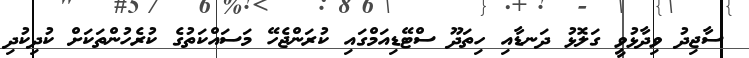
ސާޖިދު ވިދާޅުވީ ގަލޮޅު ދަނޑާއި ހިތަދޫ ސްޓޭޑިއަމްގައި ކުރަންޖެހޭ މަސައްކަތުގެ ކުރެހުންތަކަށް ކުދިކުދި